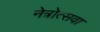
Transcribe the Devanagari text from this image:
नेत्रोत्सवा